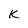
Character: K